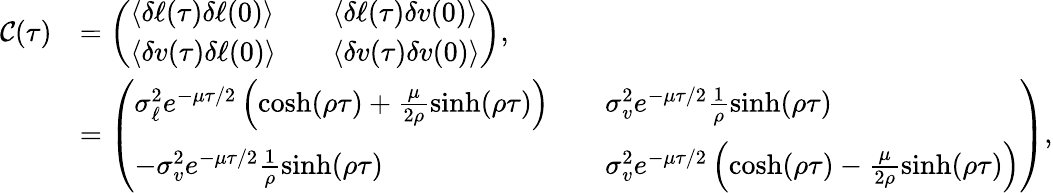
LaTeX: \begin{array}{rl}{\mathcal{C}(\tau)}&{=\left(\begin{array}{lll}{\langle\delta\ell(\tau)\delta\ell(0)\rangle}&&{\langle\delta\ell(\tau)\delta v(0)\rangle}\\ {\langle\delta v(\tau)\delta\ell(0)\rangle}&&{\langle\delta v(\tau)\delta v(0)\rangle}\end{array}\right),}\\ &{=\left(\begin{array}{lll}{\sigma_{\ell}^{2}e^{-\mu\tau/2}\left(\cosh(\rho\tau)+\frac{\mu}{2\rho}\sinh(\rho\tau)\right)}&&{\sigma_{v}^{2}e^{-\mu\tau/2}\frac{1}{\rho}\sinh(\rho\tau)}\\ {-\sigma_{v}^{2}e^{-\mu\tau/2}\frac{1}{\rho}\sinh(\rho\tau)}&&{\sigma_{v}^{2}e^{-\mu\tau/2}\left(\cosh(\rho\tau)-\frac{\mu}{2\rho}\sinh(\rho\tau)\right)}\end{array}\right),}\end{array}